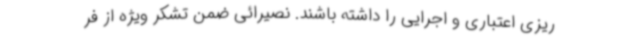
ریزی اعتباری و اجرایی را داشته باشند. نصیرائی ضمن تشکر ویژه از فر